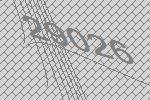
29026